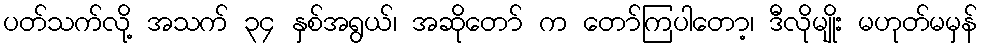
ပတ်သက်လို့ အသက် ၃၄ နှစ်အရွယ်၊ အဆိုတော် က တော်ကြပါတော့၊ ဒီလိုမျိုး မဟုတ်မမှန်